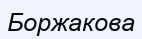
Боржакова